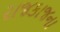
રાજકાજના